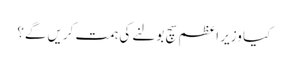
کیا وزیر اعظم سچ بولنے کی ہمت کریں گے؟